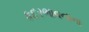
કદરભાવનાના